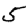
Digit: 5